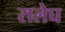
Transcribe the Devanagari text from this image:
रालेघ